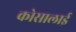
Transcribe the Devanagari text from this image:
कोसालाई